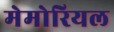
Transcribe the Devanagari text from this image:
मेमोरियल